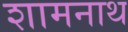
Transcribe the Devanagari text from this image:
शामनाथ